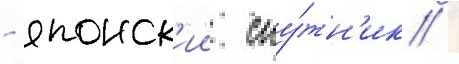
- японск'ии спу́тн'ик /